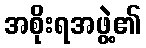
အစိုးရအဖွဲ့၏